Treatise on elephants
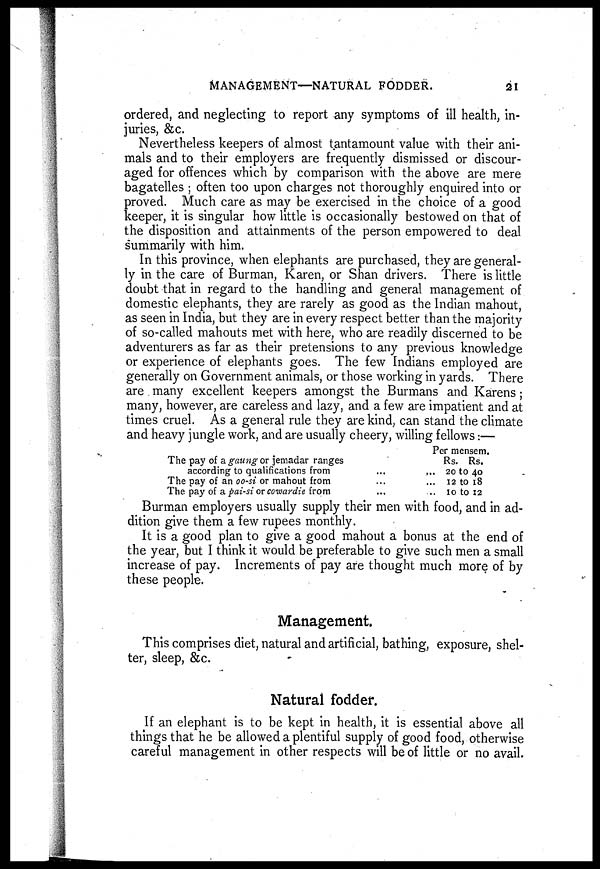
MANAGEMENT—NATURAL FODDER.
21
ordered, and neglecting to report any symptoms of ill health, in-
juries, &c.
Nevertheless keepers of almost tantamount value with their ani-
mals and to their employers are frequently dismissed or discour-
aged for offences which by comparison with the above are mere
bagatelles ; often too upon charges not thoroughly enquired into or
proved. Much care as may be exercised in the choice of a good
keeper, it is singular how little is occasionally bestowed on that of
the disposition and attainments of the person empowered to deal
summarily with him.
In this province, when elephants are purchased, they are general-
ly in the care of Burman, Karen, or Shan drivers. There is little
doubt that in regard to the handling and general management of
domestic elephants, they are rarely as good as the Indian mahout,
as seen in India, but they are in every respect better than the majority
of so-called mahouts met with here, who are readily discerned to be
adventurers as far as their pretensions to any previous knowledge
or experience of elephants goes. The few Indians employed are
generally on Government animals, or those working in yards. There
are many excellent keepers amongst the Burmans and Karens ;
many, however, are careless and lazy, and a few are impatient and at
times cruel. As a general rule they are kind, can stand the climate
and heavy jungle work, and are usually cheery, willing fellows:—
The pay of a gaung or jemadar ranges
according to qualifications from
The pay of an oo-si or mahout from
The pay of a pai-si or cowardie from
Per mensem.
Rs.
... 20
...
12
.. 10
Rs.
to
to
to
40
18
12
Burman employers usually supply their men with food, and in ad-
dition give them a few rupees monthly.
It is a good plan to give a good mahout a bonus at the end of
the year, but I think it would be preferable to give such men a small
increase of pay. Increments of pay are thought much more of by
these people.
Management.
This comprises diet, natural and artificial, bathing, exposure, shel-
ter, sleep, &c.
Natural fodder.
If an elephant is to be kept in health, it is essential above all
things that he be allowed a plentiful supply of good food, otherwise
careful management in other respects will be of little or no avail.